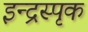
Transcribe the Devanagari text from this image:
इन्द्रस्पृक